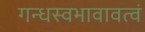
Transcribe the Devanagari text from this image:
गन्धस्वभावावत्वं